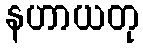
နဟာယတု